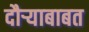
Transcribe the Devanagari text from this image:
दौर्‍याबाबत